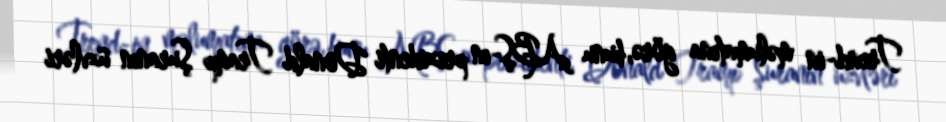
Trend-in məlumatına görə, bunu ABŞ-ın prezidenti Donald Tramp Şuranın üzvləri